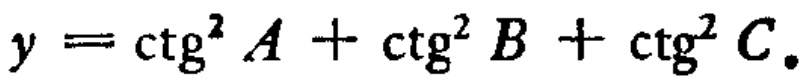
$y = \operatorname{ctg}^{2} A+\operatorname{ctg}^{2} B+\operatorname{ctg}^{2} C.$